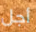
أجل